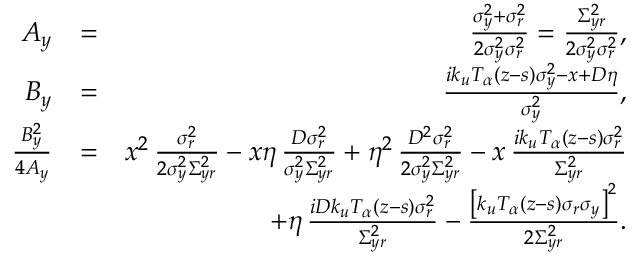
\begin{array} { r l r } { A _ { y } } & { = } & { \frac { \sigma _ { y } ^ { 2 } + \sigma _ { r } ^ { 2 } } { 2 \sigma _ { y } ^ { 2 } \sigma _ { r } ^ { 2 } } = \frac { \Sigma _ { y r } ^ { 2 } } { 2 \sigma _ { y } ^ { 2 } \sigma _ { r } ^ { 2 } } , } \\ { B _ { y } } & { = } & { \frac { i k _ { u } T _ { \alpha } ( z - s ) \sigma _ { y } ^ { 2 } - x + D \eta } { \sigma _ { y } ^ { 2 } } , } \\ { \frac { B _ { y } ^ { 2 } } { 4 A _ { y } } } & { = } & { x ^ { 2 } \, \frac { \sigma _ { r } ^ { 2 } } { 2 \sigma _ { y } ^ { 2 } \Sigma _ { y r } ^ { 2 } } - x \eta \, \frac { D \sigma _ { r } ^ { 2 } } { \sigma _ { y } ^ { 2 } \Sigma _ { y r } ^ { 2 } } + \eta ^ { 2 } \, \frac { D ^ { 2 } \sigma _ { r } ^ { 2 } } { 2 \sigma _ { y } ^ { 2 } \Sigma _ { y r } ^ { 2 } } - x \, \frac { i k _ { u } T _ { \alpha } ( z - s ) \sigma _ { r } ^ { 2 } } { \Sigma _ { y r } ^ { 2 } } } \\ & { } & { + \eta \, \frac { i D k _ { u } T _ { \alpha } ( z - s ) \sigma _ { r } ^ { 2 } } { \Sigma _ { y r } ^ { 2 } } - \frac { \left[ k _ { u } T _ { \alpha } ( z - s ) \sigma _ { r } \sigma _ { y } \right] ^ { 2 } } { 2 \Sigma _ { y r } ^ { 2 } } . } \end{array}